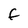
Character: F